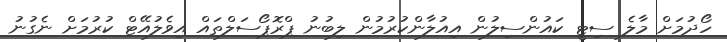
ހޯދުމަށް މާލެ ސިޓީ ކައުންސިލުން އިއުލާންކުރުމުން ލިބުނު ޕްރޮޕޯސަލްތައް އިވެލުއޭޓް ކުރުމަށް ނެގުނު